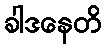
ခါဒနေတိ